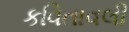
કવિતાવલી